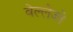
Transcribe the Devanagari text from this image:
वेल्लेज्जे